Indian Medical Review
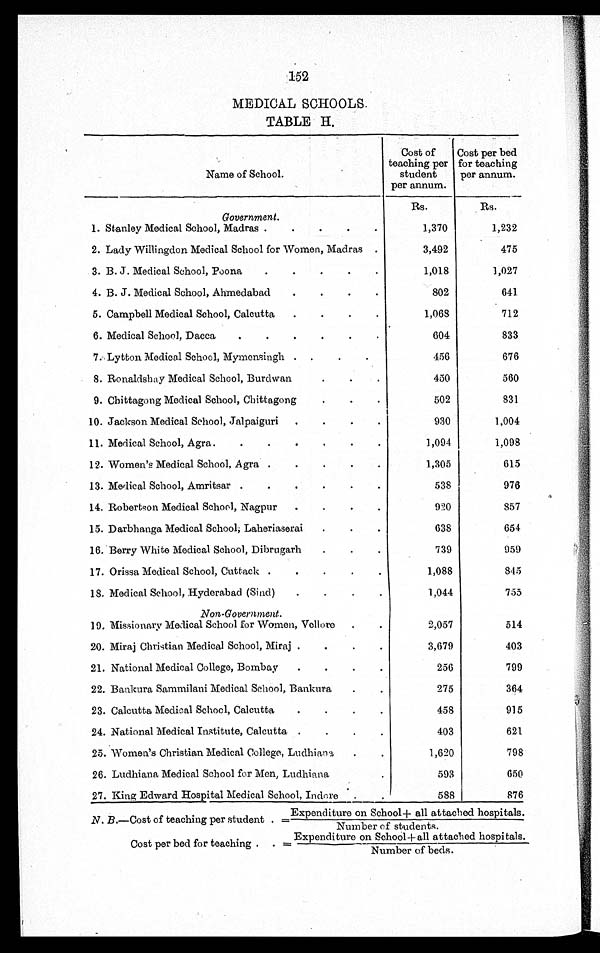
152
MEDICAL SCHOOLS.
TABLE H.
Name of School.
Cost of
teaching per
student
per annum.
Cost per bed
for teaching
per annum.
Government.
Rs.
Rs.
1. Stanley Medical School, Madras
1,370
1,232
2. Lady Willingdon Medical School for Women, Madras
3,492
475
3. B. J . Medical School, Poona
1,018
1,027
4. B. J. Medical School, Ahmedabad
802
641
5. Campbell Medical School, Calcutta
1,068
712
6. Medical School, Dacca
604
833
7. Lytton Medical School, Mymensingh
456
676
8. Ronaldshay Medical School, Burdwan
450
560
9. Chittagong Medical School, Chittagong
502
831
10. Jackson Medical School, Jalpaiguri
930
1,004
11. Medical School, Agra.
1,094
1,098
12. Women's Medical School, Agra
1,305
615
13. Medical School, Amritsar
538
976
14. Robertson Medical School, Nagpur
920
857
15. Darbhanga Medical School, Laheriaserai
638
654
16. Berry White Medical School, Dibrugarh
739
959
17. Orissa Medical School, Cuttack
1,088
845
18. Medical School, Hyderabad (Sind)
1,044
755
Non-Government.
19. Missionary Medical School for Women, Vellore
2,057
514
20. Miraj Christian Medical School, Miraj
3,679
403
21. National Medical College, Bombay
256
799
22. Bankura Sammilani Medical School, Bankura
275
364
23. Calcutta Medical School, Calcutta
458
915
24. National Medical Institute, Calcutta
403
621
25. Women's Christian Medical College, Ludhiana
1,620
798
26. Ludhiana Medical School for Men, Ludhiana
593
650
27. King Edward Hospital Medical School, Indore
588
876
Expenditure on School+ all attached hospitals.
N. B.—Cost of teaching per student .=
Number of students.
Cost per bed f or t eachi ng. =Expendi t ur e on School + al l at t ached hospi t al s.
Number of beds.